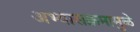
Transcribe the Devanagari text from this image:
अभ्यासक्रमामुळे